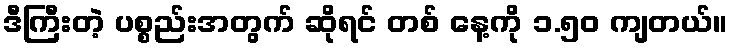
ဒီကြီးတဲ့ ပစ္စည်းအတွက် ဆိုရင် တစ် နေ့ကို ၁.၅၀ ကျတယ်။